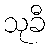
သုခီ